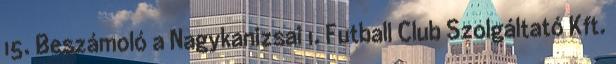
15. Beszámoló a Nagykanizsai 1. Futball Club Szolgáltató Kft.